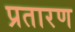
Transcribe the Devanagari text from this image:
प्रतारण